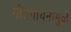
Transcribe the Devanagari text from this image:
गीतगायनामुळे